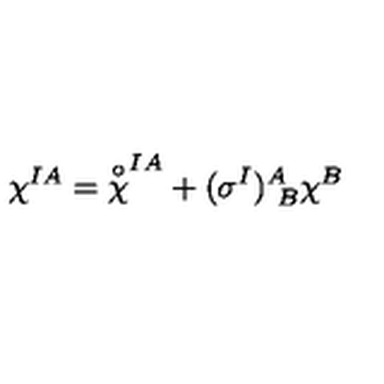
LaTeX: \chi ^ { I A } = { \frac { \buildrel \circ } { \chi } } ^ { I A } + ( \sigma ^ { I } ) _ { \ B } ^ { A } \chi ^ { B }